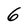
Character: 6